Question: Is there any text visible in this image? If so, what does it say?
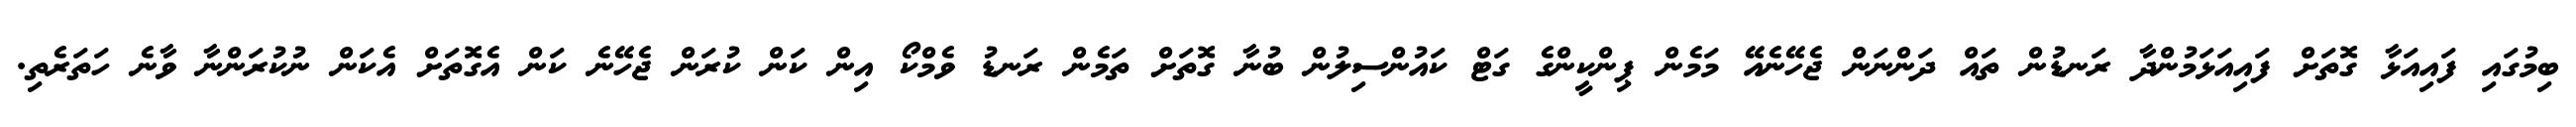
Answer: ބިމުގައި ފައިއަޅާ ގޮތަށް ފައިއަޅަމުންދާ ރަނޑުން ތައް ދަންނަން ޖެހޭނެއޭ މަމެން ޕިންކީންގެ ގަޓް ކައުންސިލުން ބުނާ ގޮތަށް ތަމެން ރަނޑު ވެމްކޯ އިން ކަން ކުރަން ޖެހޭނެ ކަން އެގޮތަށް އެކަން ނުކުރަންނާ ވާނެ ހަތަރެތި.